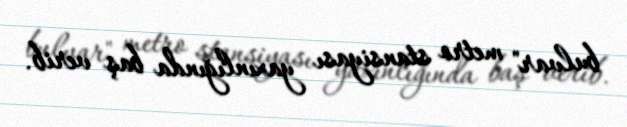
bulvar" metro stansiyası yaxınlığında baş verib.